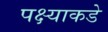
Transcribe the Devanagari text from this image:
पक्ष्याकडे